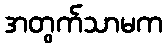
အတွက်သာမက